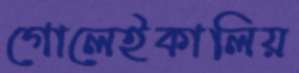
গোলেইকালিয়